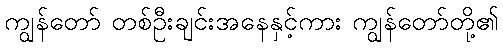
ကျွန်တော် တစ်ဦးချင်းအနေနှင့်ကား ကျွန်တော်တို့၏